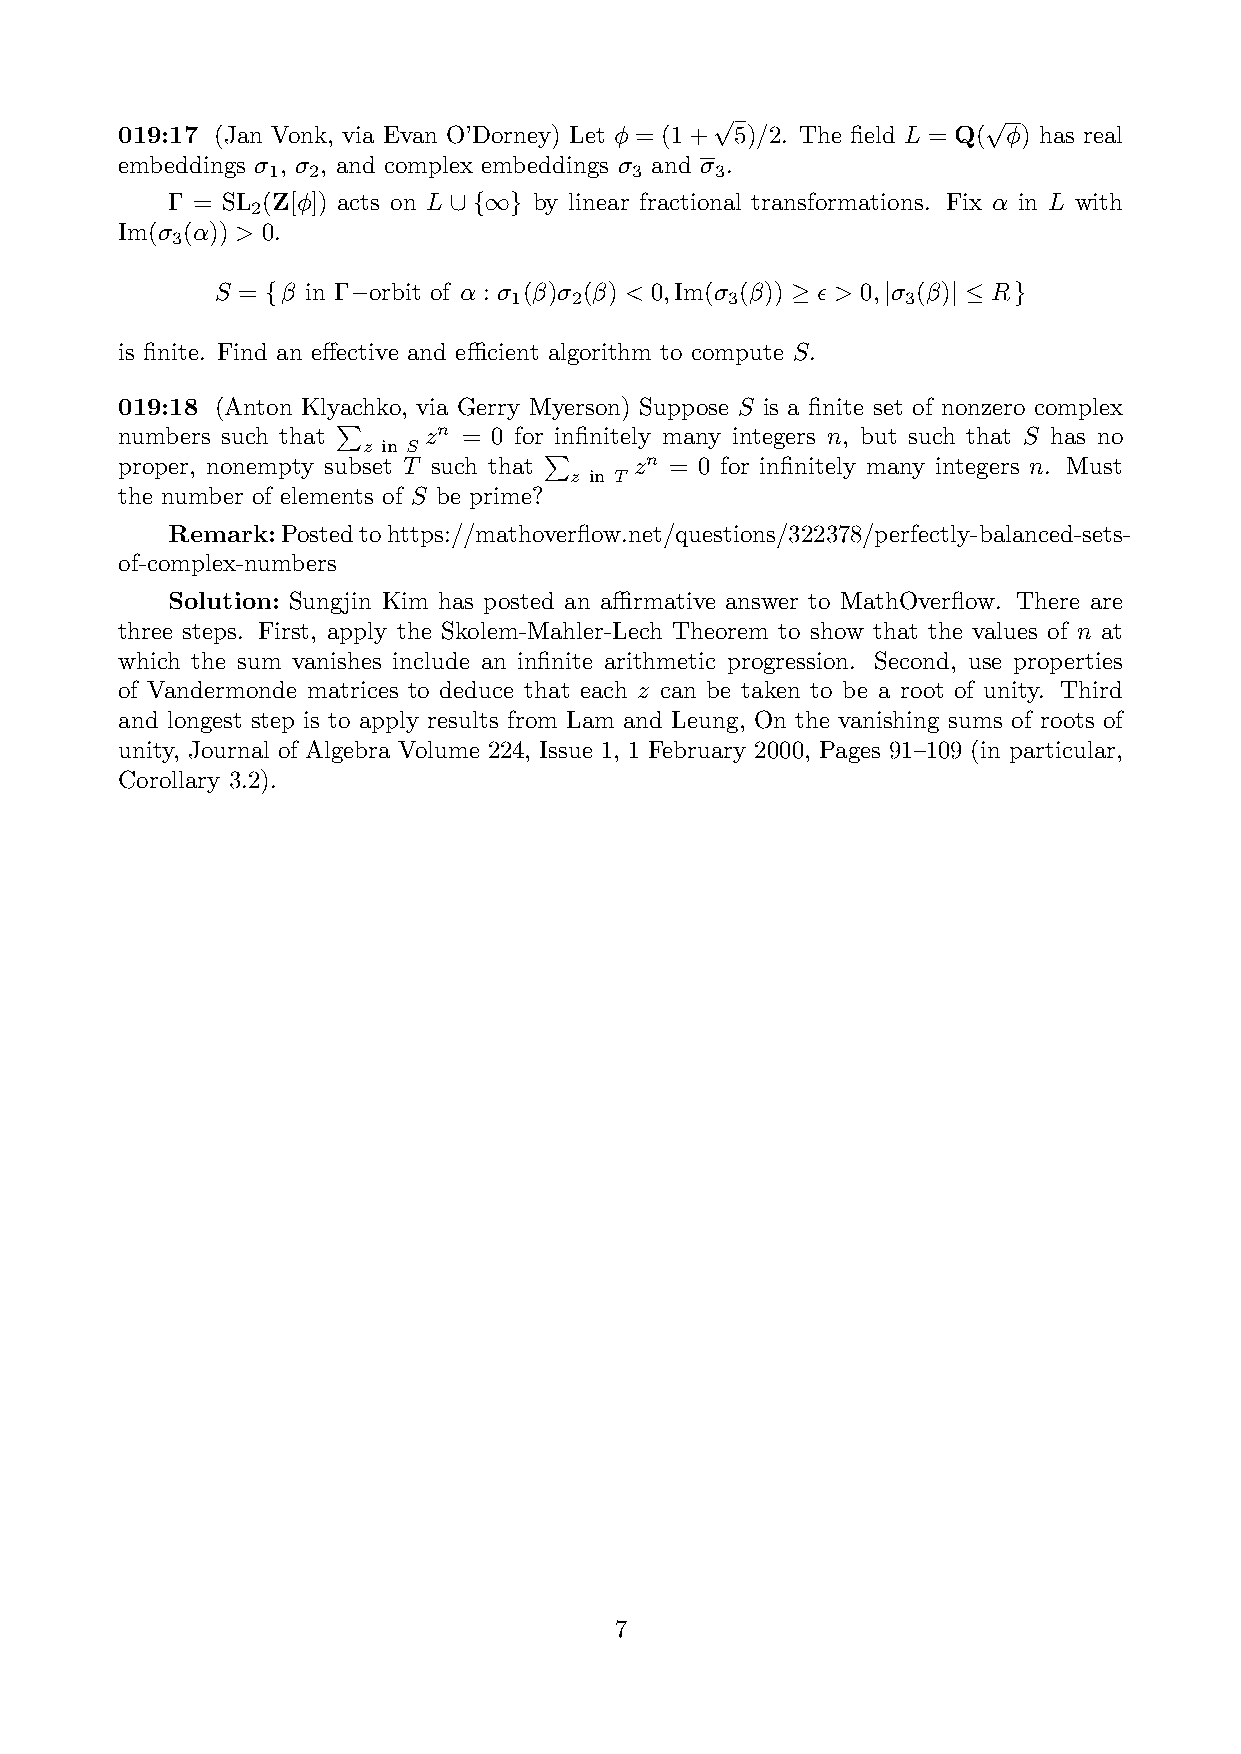
019:17 (Jan Vonk, via Evan O’Dorney) Let  = (1+p5)/2. The field L = Q(p) has real
 embeddings  ,  , and complex embeddings  and  .
 1 2                     3    3
 = SL (Z[]) acts on L  by linear fractional transformations. Fix ↵ in L with
 2
 [ {1}
 Im( (↵)) > 0.
 3
 S =   in  orbit of ↵ :  () () < 0,Im( ()) ✏> 0,  () R
 1   2         3           3
 {                                     |    |  }
 is finite. Find an e↵ective and ecient algorithm to compute S.
 019:18 (Anton Klyachko, via Gerry Myerson) Suppose S is a finite set of nonzero complex
 numbers such that   zn = 0 for infinitely many integers n, but such that S has no
 z in S
 proper, nonempty subset T such that zn = 0 for infinitely many integers n. Must
 P               z in T
 the number of elements of S be prime?
 P
 Remark:Postedtohttps://mathoverflow.net/questions/322378/perfectly-balanced-sets-
 of-complex-numbers
 Solution: Sungjin Kim has posted an armative answer to MathOverflow. There are
 three steps. First, apply the Skolem-Mahler-Lech Theorem to show that the values of n at
 which the sum vanishes include an infinite arithmetic progression. Second, use properties
 of Vandermonde matrices to deduce that each z can be taken to be a root of unity. Third
 and longest step is to apply results from Lam and Leung, On the vanishing sums of roots of
 unity, Journal of Algebra Volume 224, Issue 1, 1 February 2000, Pages 91–109 (in particular,
 Corollary 3.2).
 7